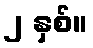
၂ နှစ်။